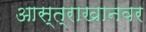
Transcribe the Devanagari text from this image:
आस्त्राखानवर